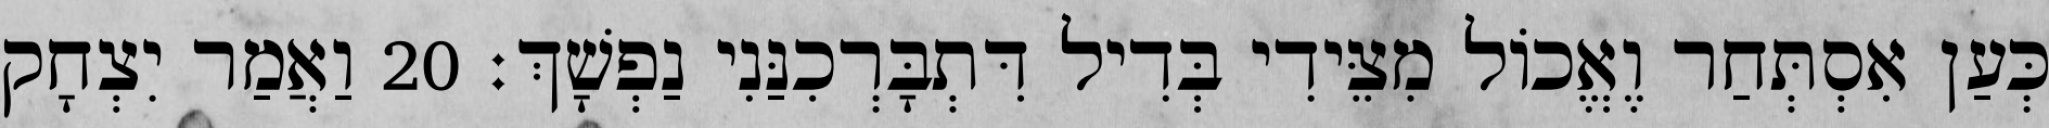
כְּעַן אִסְתְּחַר וֶאֱכוֹל מִצֵּידִי בְּדִיל דִּתְבָּרְכִנַּנִי נַפְשָׁךְ׃ 20 וַאֲמַר יִצְחָק